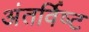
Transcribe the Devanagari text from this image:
अंतर्विष्‍ट